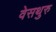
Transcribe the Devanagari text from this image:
वेसथुरु